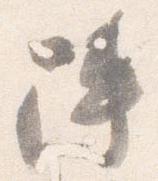
陣